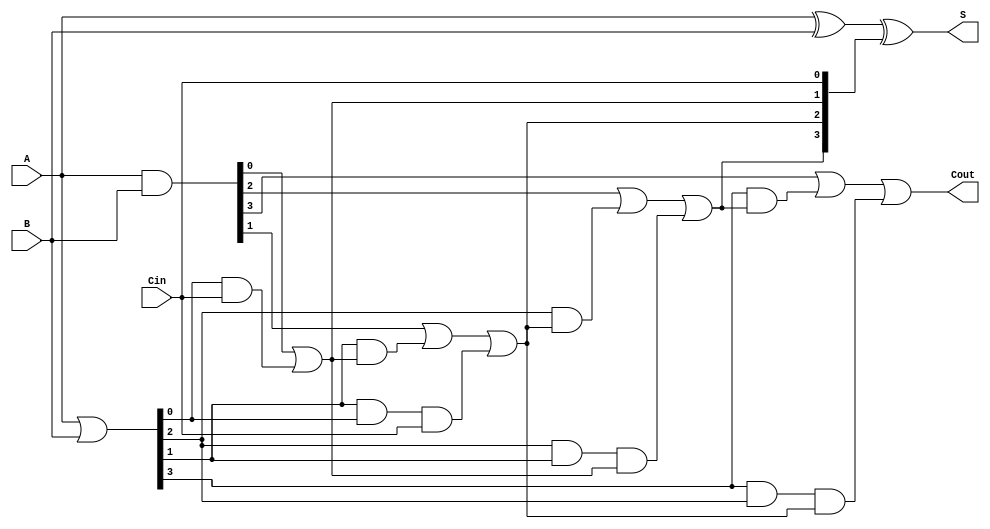
module CarryLookaheadAdder #(parameter n = 4) (
    input  [n-1:0] A,    // First n-bit input
    input  [n-1:0] B,    // Second n-bit input
    input          Cin,   // Carry-in
    output [n-1:0] S,     // n-bit sum output
    output         Cout    // Carry-out
);

    // Generate and Propagate signals
    wire [n-1:0] G; // Generate signals
    wire [n-1:0] P; // Propagate signals
    wire [n:0] C;   // Carry signals

    // Generate and Propagate calculations
    assign G = A & B;          // G[i] = A[i] & B[i]
    assign P = A | B;          // P[i] = A[i] | B[i]

    // Carry calculations
    assign C[0] = Cin;         // C[0] = Cin
    genvar i;
    generate
        for (i = 0; i < n; i = i + 1) begin : carry_calc
            if (i == 0) begin
                assign C[i + 1] = G[i] | (P[i] & C[i]); // C[1] = G[0] | (P[0] & Cin)
            end else begin
                assign C[i + 1] = G[i] | (P[i] & C[i]) | (P[i] & P[i - 1] & C[i - 1]); // General case
            end
        end
    endgenerate

    // Sum calculation
    assign S = A ^ B ^ C[n-1:0]; // S[i] = A[i] ^ B[i] ^ C[i]

    // Carry-out
    assign Cout = C[n]; // Cout = C[n]

endmodule